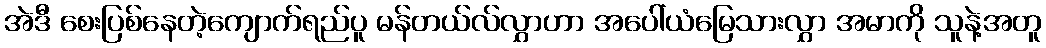
အဲဒီ စေးပြစ်နေတဲ့ကျောက်ရည်ပူ မန်တယ်လ်လွှာဟာ အပေါ်ယံမြေသားလွှာ အမာကို သူနဲ့အတူ